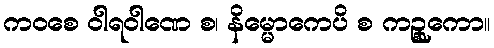
ကဝစေ ဝါရဝါဏေ စ၊ နိမ္မောကေပိ စ ကဉ္စုကော။